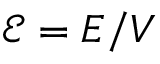
\mathcal { E } = E / V